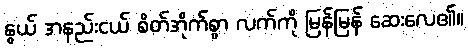
နွယ် အနည်းငယ် စိတ်အိုက်စွာ လက်ကို မြန်မြန် ဆေးလေ၏။